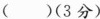
()(3分)